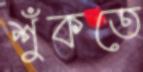
শুঁকতে